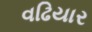
વઢિયાર